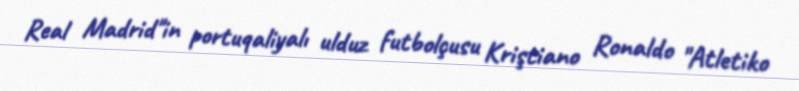
Real Madrid"in portuqaliyalı ulduz futbolçusu Kriştiano Ronaldo "Atletiko